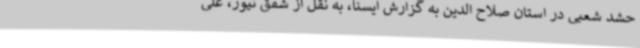
حشد شعبی در استان صلاح الدین به گزارش ایسنا، به نقل از شفق نیوز، علی